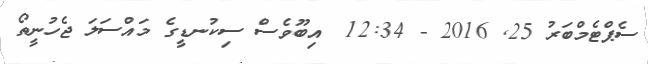
ސެޕްޓެމްބަރު 25